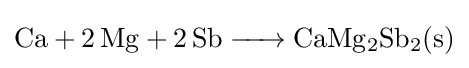
{\ce {Ca + 2Mg + 2Sb -> CaMg2Sb2(s)}}